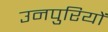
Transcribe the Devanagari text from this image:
उनपुरियों